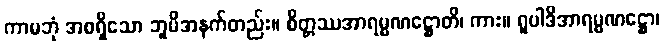
ကာမဘုံ အစရှိသော ဘူမိအနက်တည်း။ စိတ္တဿအာရမ္မဏဋ္ဌောတိ၊ ကား။ ရူပါဒိအာရမ္မဏဋ္ဌော၊